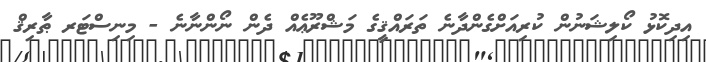
އިދިކޮޅު ކޯލިޝަނުން ކުރިއަށްގެންދާނެ ތަރައްޤީގެ މަޝްރޫޢެއް ދެން ނޯންނާނެ - މިނިސްޓަރ ޠާރިޤް